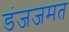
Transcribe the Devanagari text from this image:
डंजजमत